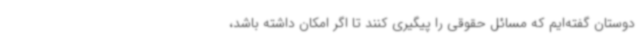
دوستان گفته‌ایم که مسائل حقوقی را پیگیری کنند تا اگر امکان داشته باشد،